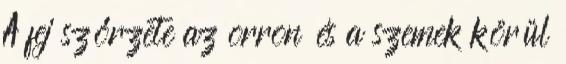
A fej szőrzete az orron és a szemek körül